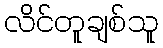
လိင်တူချစ်သူ